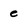
Character: e